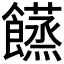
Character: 𩟘